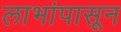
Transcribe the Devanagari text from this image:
लाभांपासून